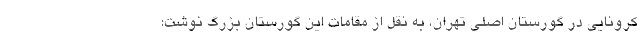
کرونایی در گورستان اصلی تهران، به نقل از مقامات این گورستان بزرگ نوشت: